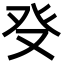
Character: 𤼦